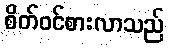
စိတ်ဝင်စားလာသည်